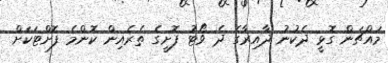
މައްޗަން ގޮޅީ ދެކުނު ދާއިރާގެ ދެ ވޯޓު ފޮށީގެ ތެރެއިން ކޮންމެ ފޮށްޓަކަށް